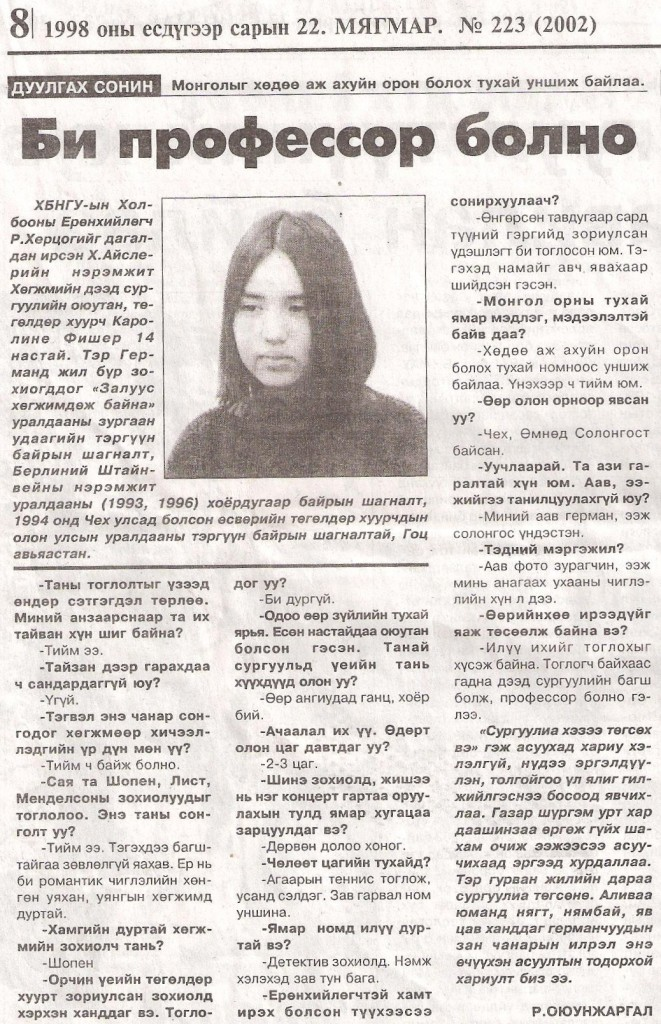
Language: mn